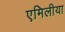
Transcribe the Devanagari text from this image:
एमिलीया